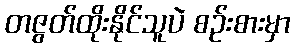
တဇွတ်ထိုးနိုင်သူပဲ စဉ်းစားမှာ